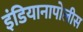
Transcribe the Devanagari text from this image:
इंडियानापोलीस